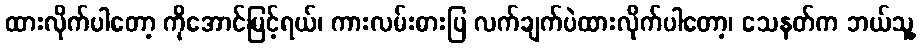
ထားလိုက်ပါတော့ ကိုအောင်မြင့်ရယ်၊ ကားလမ်းဓားပြ လက်ချက်ပဲထားလိုက်ပါတော့၊ သေနတ်က ဘယ်သူ့